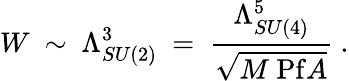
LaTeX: W~\sim~\Lambda_{SU(2)}^{3}~=~{\frac{\Lambda_{SU(4)}^{5}}{\sqrt{M~\mathrm{Pf}A}}}~.